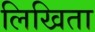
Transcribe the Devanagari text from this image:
लिखिता